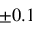
\pm 0 . 1